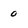
Character: 0